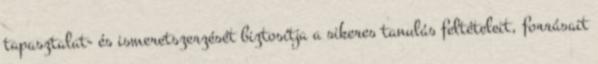
tapasztalat- és ismeretszerzését biztosítja a sikeres tanulás feltételeit, forrásait